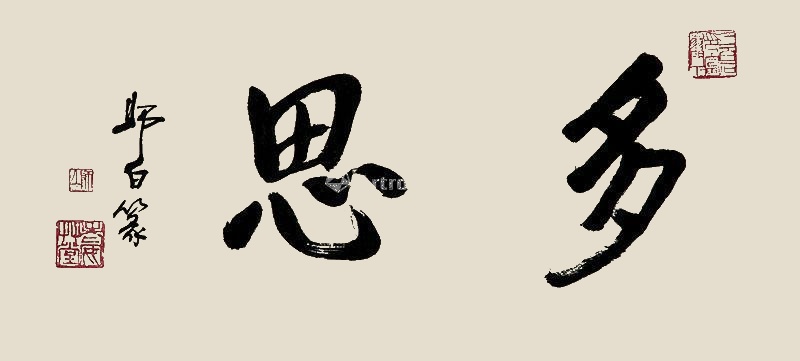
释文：多思师白篆。